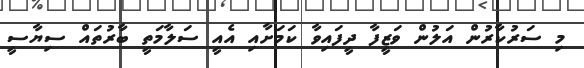
މި ސަރުކާރުން އަލުން ވަޒީފާ ދީފައިވާ ކަމަށާއި އެއީ ސަލާމަތީ ބާރުތައް ސިޔާސީ